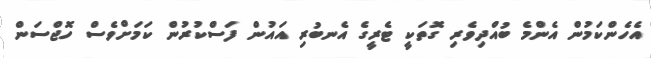
އެހެންކަމުން އެންމެ ބުއްދިވެރި ގޮތަކީ ޓެރީގެ އެނބުރި އައުން ފަސްކުރުން ކަމަށްވެސް ހޮޖްސަން